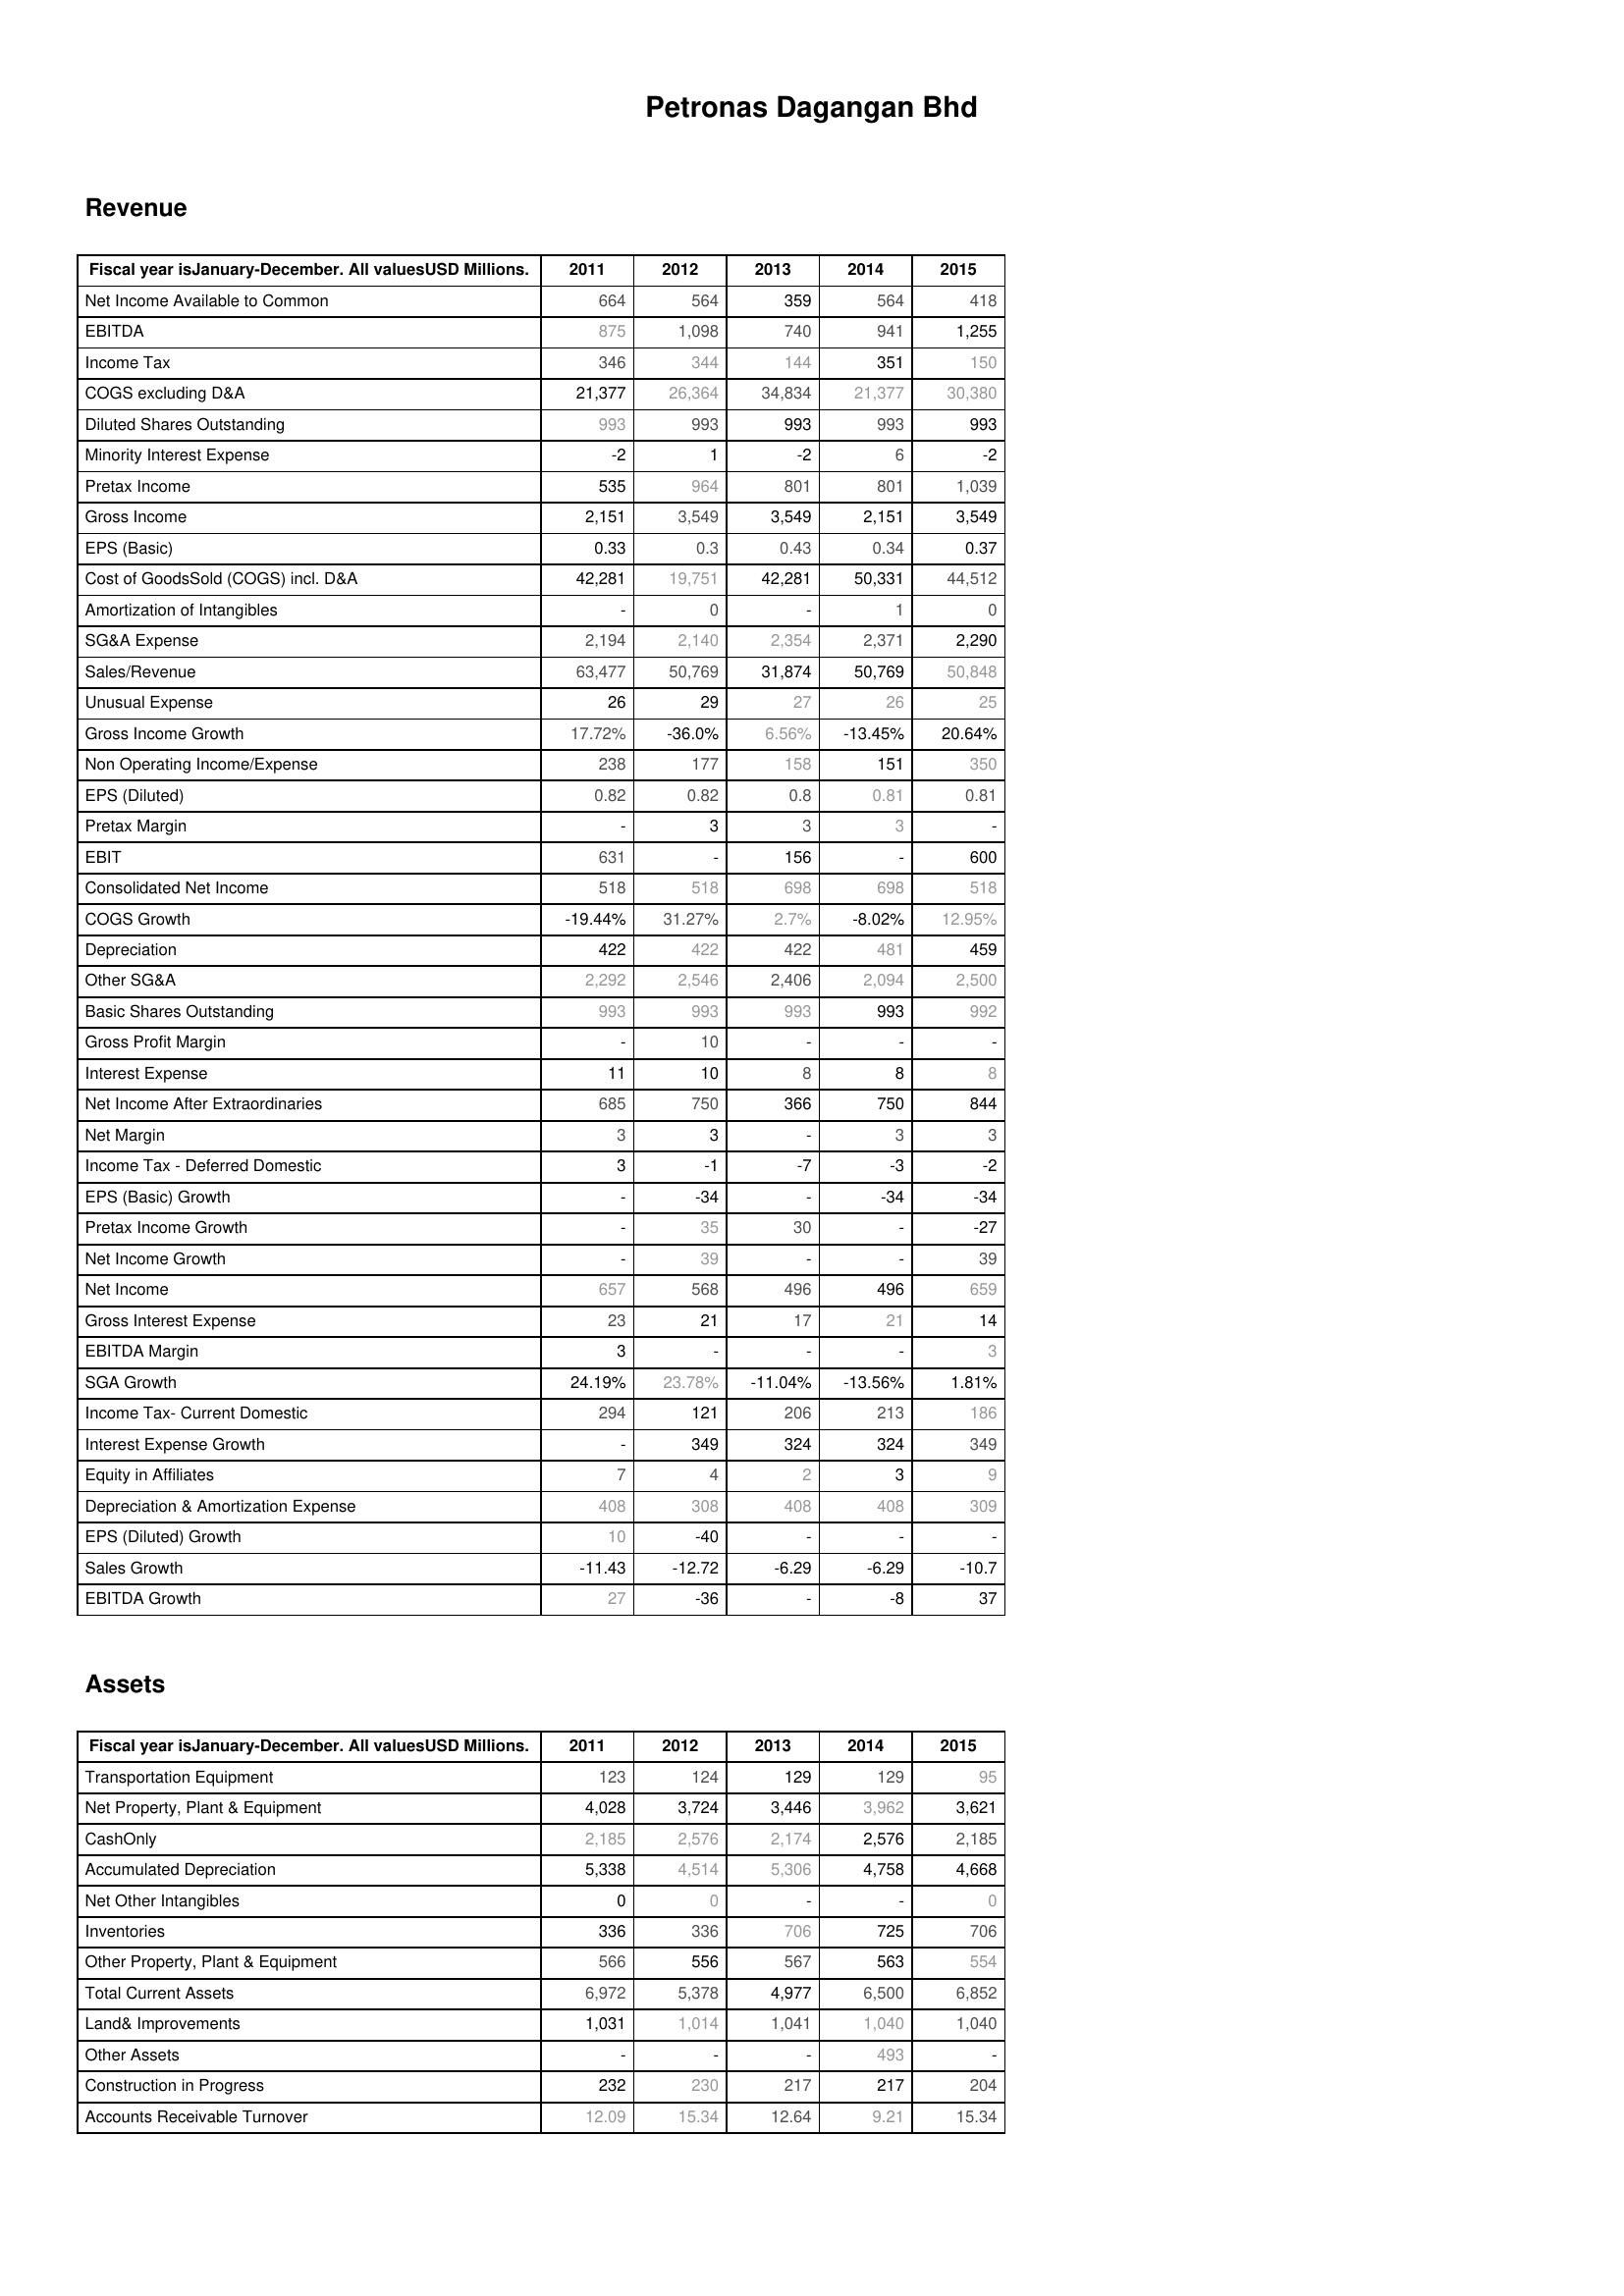
2011: Revenue: Net Income Available to Common: 664
EBITDA: 875
Income Tax: 346
COGS excluding D&A: 21,377
Diluted Shares Outstanding: 993
Minority Interest Expense: -2
Pretax Income: 535
Gross Income: 2,151
EPS (Basic): 0.33
Cost of GoodsSold (COGS) incl. D&A: 42,281
Amortization of Intangibles: -
SG&A Expense: 2,194
Sales/Revenue: 63,477
Unusual Expense: 26
Gross Income Growth: 17.72%
Non Operating Income/Expense: 238
EPS (Diluted): 0.82
Pretax Margin: -
EBIT: 631
Consolidated Net Income: 518
COGS Growth: -19.44%
Depreciation: 422
Other SG&A: 2,292
Basic Shares Outstanding: 993
Gross Profit Margin: -
Interest Expense: 11
Net Income After Extraordinaries: 685
Net Margin: 3
Income Tax - Deferred Domestic: 3
EPS (Basic) Growth: -
Pretax Income Growth: -
Net Income Growth: -
Net Income: 657
Gross Interest Expense: 23
EBITDA Margin: 3
SGA Growth: 24.19%
Income Tax- Current Domestic: 294
Interest Expense Growth: -
Equity in Affiliates: 7
Depreciation & Amortization Expense: 408
EPS (Diluted) Growth: 10
Sales Growth: -11.43
EBITDA Growth: 27
Assets: Transportation Equipment: 123
Net Property, Plant & Equipment: 4,028
CashOnly: 2,185
Accumulated Depreciation: 5,338
Net Other Intangibles: 0
Inventories: 336
Other Property, Plant & Equipment: 566
Total Current Assets: 6,972
Land& Improvements: 1,031
Other Assets: -
Construction in Progress: 232
Accounts Receivable Turnover: 12.09
2012: Revenue: Net Income Available to Common: 564
EBITDA: 1,098
Income Tax: 344
COGS excluding D&A: 26,364
Diluted Shares Outstanding: 993
Minority Interest Expense: 1
Pretax Income: 964
Gross Income: 3,549
EPS (Basic): 0.3
Cost of GoodsSold (COGS) incl. D&A: 19,751
Amortization of Intangibles: 0
SG&A Expense: 2,140
Sales/Revenue: 50,769
Unusual Expense: 29
Gross Income Growth: -36.0%
Non Operating Income/Expense: 177
EPS (Diluted): 0.82
Pretax Margin: 3
EBIT: -
Consolidated Net Income: 518
COGS Growth: 31.27%
Depreciation: 422
Other SG&A: 2,546
Basic Shares Outstanding: 993
Gross Profit Margin: 10
Interest Expense: 10
Net Income After Extraordinaries: 750
Net Margin: 3
Income Tax - Deferred Domestic: -1
EPS (Basic) Growth: -34
Pretax Income Growth: 35
Net Income Growth: 39
Net Income: 568
Gross Interest Expense: 21
EBITDA Margin: -
SGA Growth: 23.78%
Income Tax- Current Domestic: 121
Interest Expense Growth: 349
Equity in Affiliates: 4
Depreciation & Amortization Expense: 308
EPS (Diluted) Growth: -40
Sales Growth: -12.72
EBITDA Growth: -36
Assets: Transportation Equipment: 124
Net Property, Plant & Equipment: 3,724
CashOnly: 2,576
Accumulated Depreciation: 4,514
Net Other Intangibles: 0
Inventories: 336
Other Property, Plant & Equipment: 556
Total Current Assets: 5,378
Land& Improvements: 1,014
Other Assets: -
Construction in Progress: 230
Accounts Receivable Turnover: 15.34
2013: Revenue: Net Income Available to Common: 359
EBITDA: 740
Income Tax: 144
COGS excluding D&A: 34,834
Diluted Shares Outstanding: 993
Minority Interest Expense: -2
Pretax Income: 801
Gross Income: 3,549
EPS (Basic): 0.43
Cost of GoodsSold (COGS) incl. D&A: 42,281
Amortization of Intangibles: -
SG&A Expense: 2,354
Sales/Revenue: 31,874
Unusual Expense: 27
Gross Income Growth: 6.56%
Non Operating Income/Expense: 158
EPS (Diluted): 0.8
Pretax Margin: 3
EBIT: 156
Consolidated Net Income: 698
COGS Growth: 2.7%
Depreciation: 422
Other SG&A: 2,406
Basic Shares Outstanding: 993
Gross Profit Margin: -
Interest Expense: 8
Net Income After Extraordinaries: 366
Net Margin: -
Income Tax - Deferred Domestic: -7
EPS (Basic) Growth: -
Pretax Income Growth: 30
Net Income Growth: -
Net Income: 496
Gross Interest Expense: 17
EBITDA Margin: -
SGA Growth: -11.04%
Income Tax- Current Domestic: 206
Interest Expense Growth: 324
Equity in Affiliates: 2
Depreciation & Amortization Expense: 408
EPS (Diluted) Growth: -
Sales Growth: -6.29
EBITDA Growth: -
Assets: Transportation Equipment: 129
Net Property, Plant & Equipment: 3,446
CashOnly: 2,174
Accumulated Depreciation: 5,306
Net Other Intangibles: -
Inventories: 706
Other Property, Plant & Equipment: 567
Total Current Assets: 4,977
Land& Improvements: 1,041
Other Assets: -
Construction in Progress: 217
Accounts Receivable Turnover: 12.64
2014: Revenue: Net Income Available to Common: 564
EBITDA: 941
Income Tax: 351
COGS excluding D&A: 21,377
Diluted Shares Outstanding: 993
Minority Interest Expense: 6
Pretax Income: 801
Gross Income: 2,151
EPS (Basic): 0.34
Cost of GoodsSold (COGS) incl. D&A: 50,331
Amortization of Intangibles: 1
SG&A Expense: 2,371
Sales/Revenue: 50,769
Unusual Expense: 26
Gross Income Growth: -13.45%
Non Operating Income/Expense: 151
EPS (Diluted): 0.81
Pretax Margin: 3
EBIT: -
Consolidated Net Income: 698
COGS Growth: -8.02%
Depreciation: 481
Other SG&A: 2,094
Basic Shares Outstanding: 993
Gross Profit Margin: -
Interest Expense: 8
Net Income After Extraordinaries: 750
Net Margin: 3
Income Tax - Deferred Domestic: -3
EPS (Basic) Growth: -34
Pretax Income Growth: -
Net Income Growth: -
Net Income: 496
Gross Interest Expense: 21
EBITDA Margin: -
SGA Growth: -13.56%
Income Tax- Current Domestic: 213
Interest Expense Growth: 324
Equity in Affiliates: 3
Depreciation & Amortization Expense: 408
EPS (Diluted) Growth: -
Sales Growth: -6.29
EBITDA Growth: -8
Assets: Transportation Equipment: 129
Net Property, Plant & Equipment: 3,962
CashOnly: 2,576
Accumulated Depreciation: 4,758
Net Other Intangibles: -
Inventories: 725
Other Property, Plant & Equipment: 563
Total Current Assets: 6,500
Land& Improvements: 1,040
Other Assets: 493
Construction in Progress: 217
Accounts Receivable Turnover: 9.21
2015: Revenue: Net Income Available to Common: 418
EBITDA: 1,255
Income Tax: 150
COGS excluding D&A: 30,380
Diluted Shares Outstanding: 993
Minority Interest Expense: -2
Pretax Income: 1,039
Gross Income: 3,549
EPS (Basic): 0.37
Cost of GoodsSold (COGS) incl. D&A: 44,512
Amortization of Intangibles: 0
SG&A Expense: 2,290
Sales/Revenue: 50,848
Unusual Expense: 25
Gross Income Growth: 20.64%
Non Operating Income/Expense: 350
EPS (Diluted): 0.81
Pretax Margin: -
EBIT: 600
Consolidated Net Income: 518
COGS Growth: 12.95%
Depreciation: 459
Other SG&A: 2,500
Basic Shares Outstanding: 992
Gross Profit Margin: -
Interest Expense: 8
Net Income After Extraordinaries: 844
Net Margin: 3
Income Tax - Deferred Domestic: -2
EPS (Basic) Growth: -34
Pretax Income Growth: -27
Net Income Growth: 39
Net Income: 659
Gross Interest Expense: 14
EBITDA Margin: 3
SGA Growth: 1.81%
Income Tax- Current Domestic: 186
Interest Expense Growth: 349
Equity in Affiliates: 9
Depreciation & Amortization Expense: 309
EPS (Diluted) Growth: -
Sales Growth: -10.7
EBITDA Growth: 37
Assets: Transportation Equipment: 95
Net Property, Plant & Equipment: 3,621
CashOnly: 2,185
Accumulated Depreciation: 4,668
Net Other Intangibles: 0
Inventories: 706
Other Property, Plant & Equipment: 554
Total Current Assets: 6,852
Land& Improvements: 1,040
Other Assets: -
Construction in Progress: 204
Accounts Receivable Turnover: 15.34